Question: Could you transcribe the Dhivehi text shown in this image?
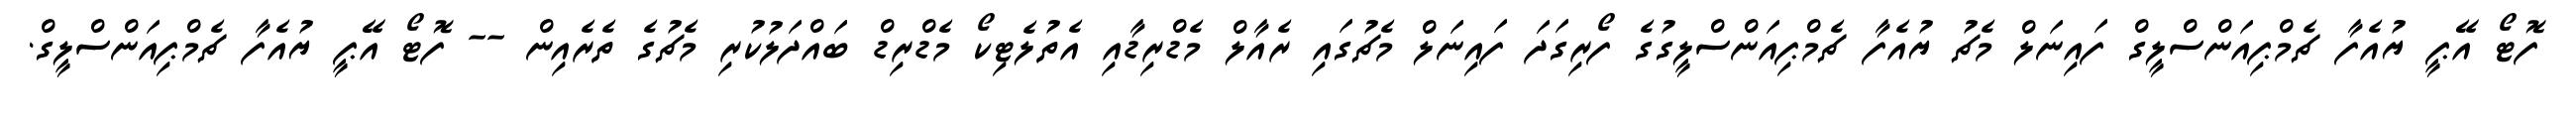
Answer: ފޮޓޯ އޭޕީ ޔުއެފާ ޗެމްޕިއަންސްލީގް ފައިނަލް މެޗު ޔުއެފާ ޗެމްޕިއަންސްލީގުގެ ފޯރިގަދަ ފައިނަލް މެޗުގައި ރެއާލް މެޑްރިޑާއި އެތުލެޓިކޯ މެޑްރިޑް ބައްދަލުކުރި މެޗުގެ ތެރެއިން -- ފޮޓޯ އޭޕީ ޔުއެފާ ޗެމްޕިއަންސްލީގް.